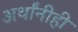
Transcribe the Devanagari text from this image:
अर्थांनीही